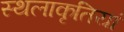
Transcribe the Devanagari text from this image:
स्थलाकृतियां